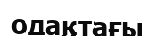
одақтағы